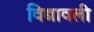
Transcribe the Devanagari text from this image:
विद्यावली